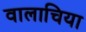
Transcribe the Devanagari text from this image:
वालाचिया